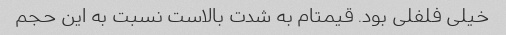
خیلی فلفلی بود. قیمتام به شدت بالاست نسبت به این حجم